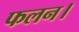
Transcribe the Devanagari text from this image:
फलन।